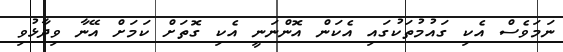
ނަމަވެސް އެކި ގައުމުތަކުގައި އެކަން އޮންނަނީ އެކި ގޮތަށް ކަމަށް އޭނާ ވިދާޅުވި